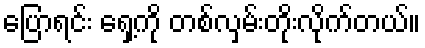
ပြောရင်း ရှေ့ကို တစ်လှမ်းတိုးလိုက်တယ်။